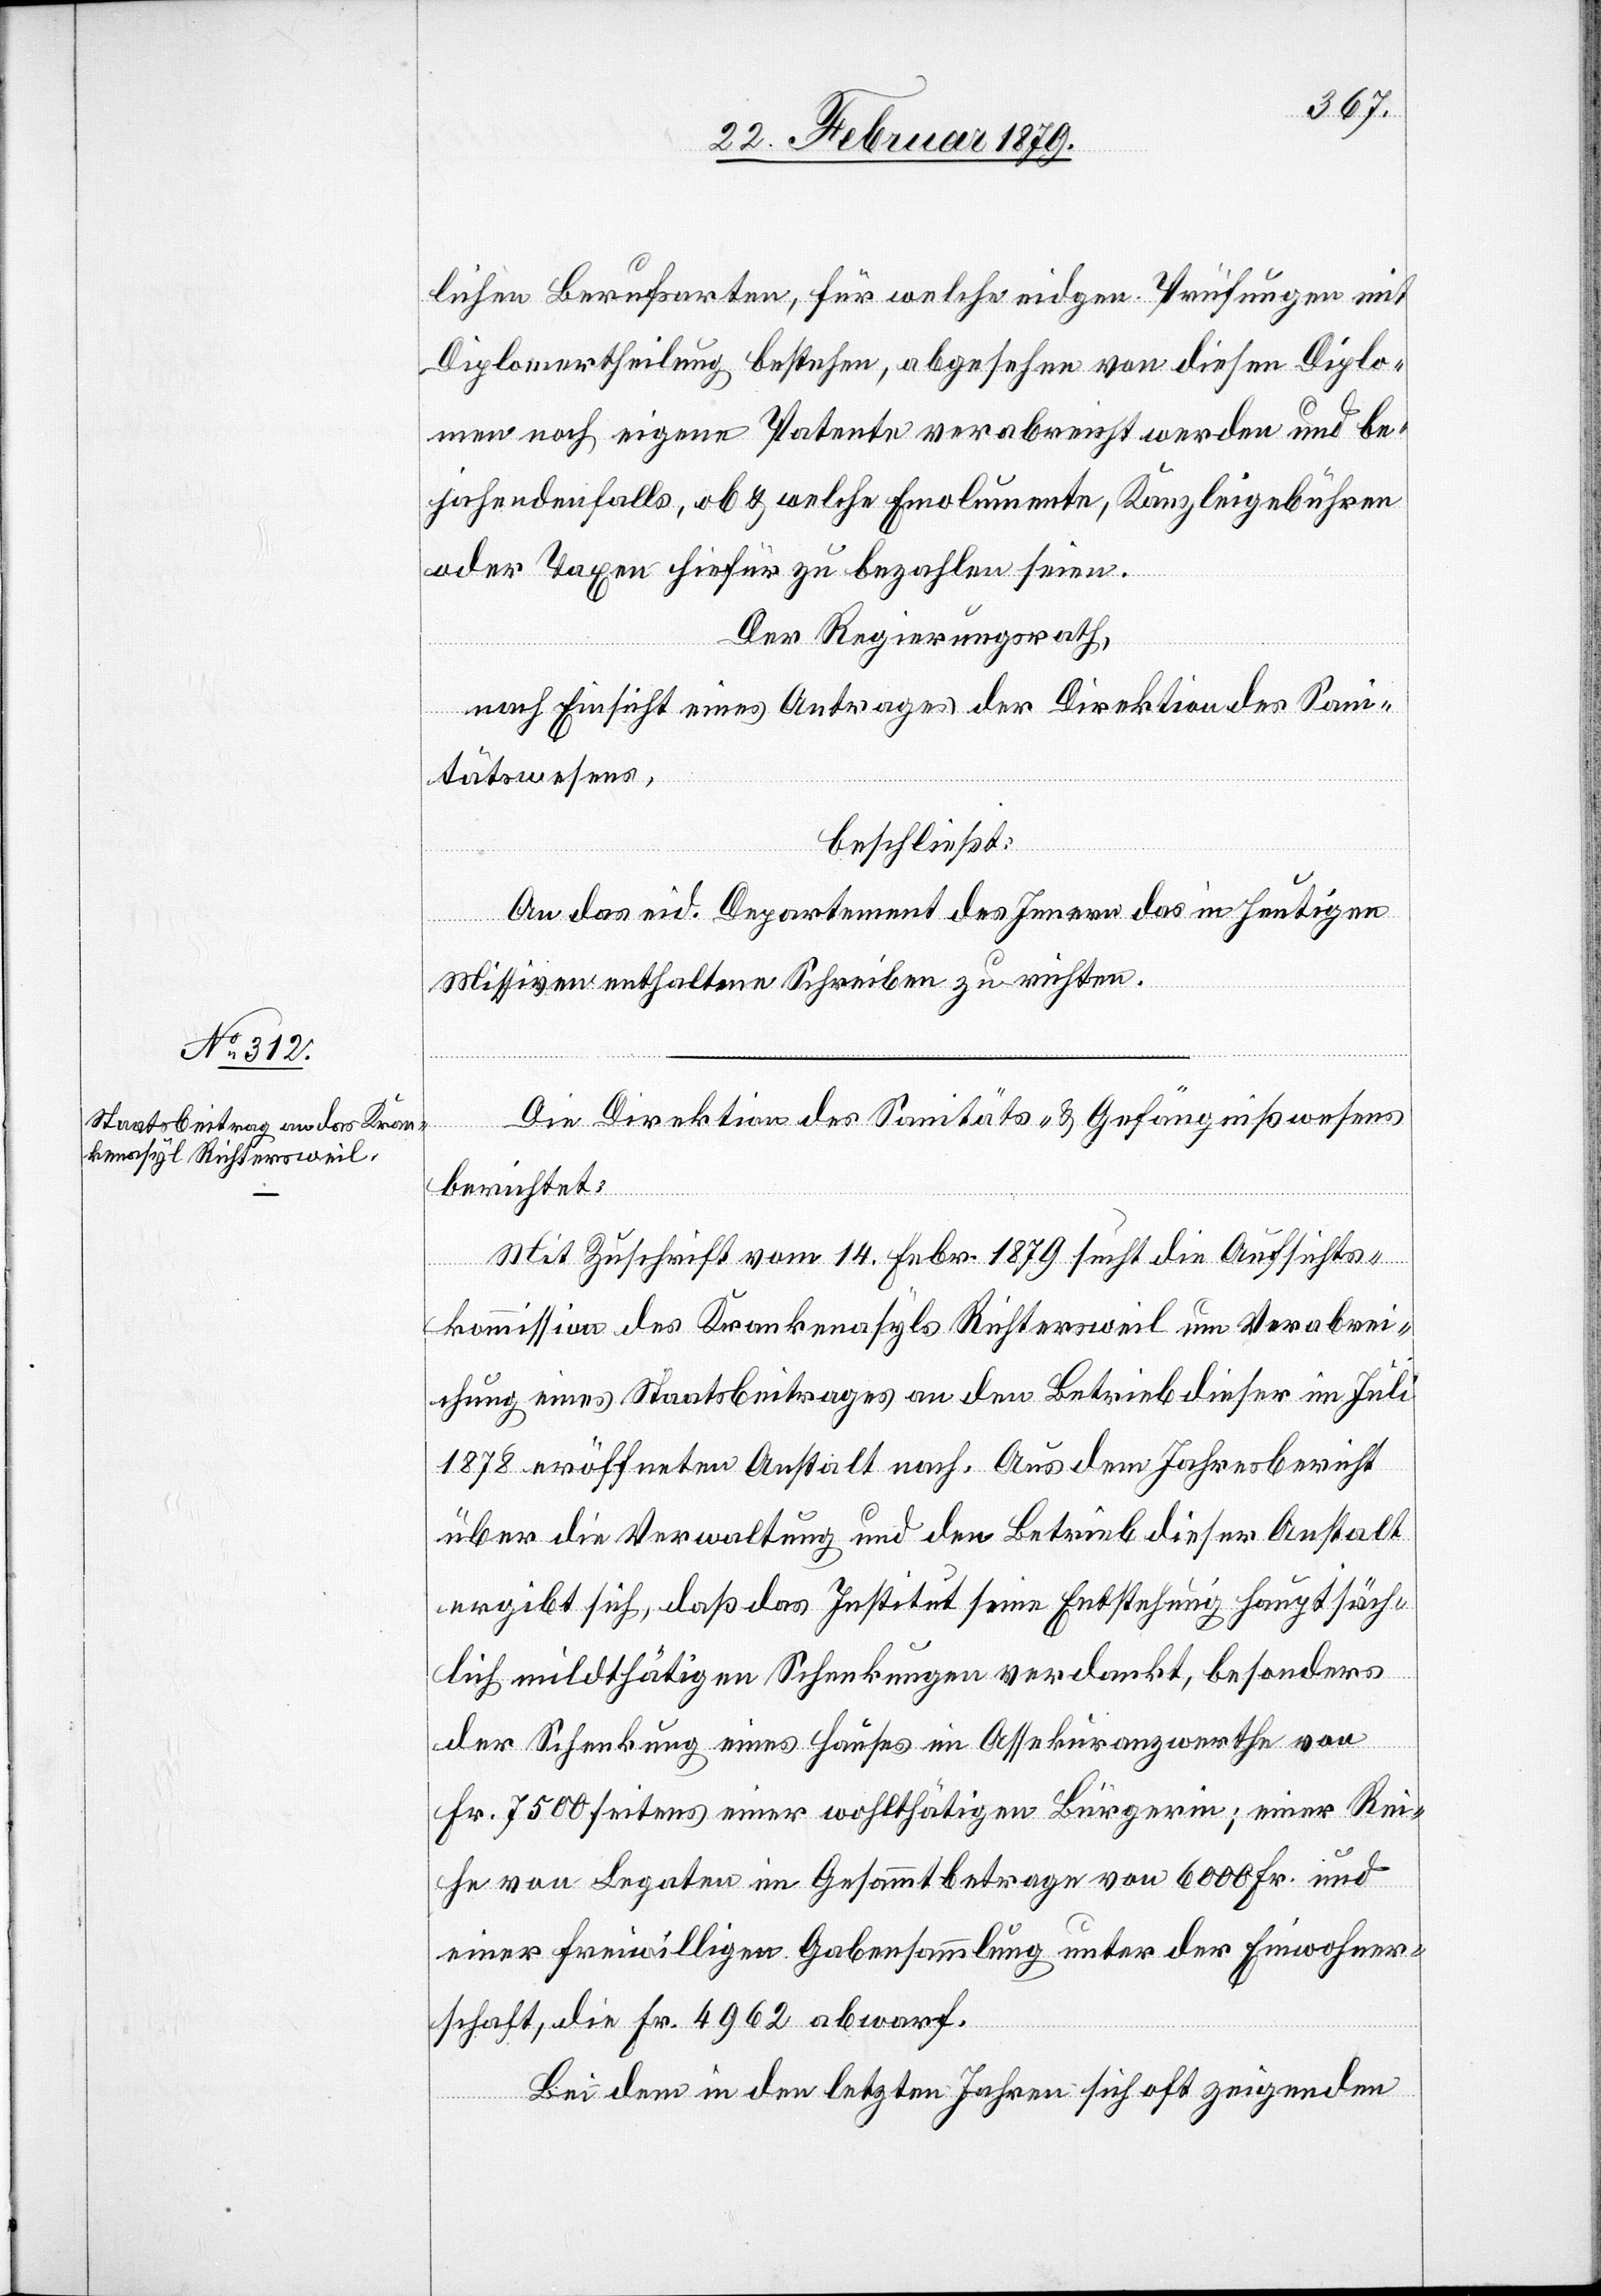
lichen Berufsarten, für welche eidgen. Prüfungen mit
Diplomertheilung bestehen, abgesehen von diesen Diplo¬
men noch eigene Patente verabreicht werden und be¬
jahendenfalls, ob & welche Emolumente, Kanzleigebühren
oder Taxen hiefür zu bezahlen seien.
Der Regierungsrath,
nach Einsicht eines Antrages der Direktion des Sani¬
tätswesens,
beschließt:
An das eid. Departement des Innern das in heutigen
Missiven enthaltene Schreiben zu richten.
Die Direktion des Sanitäts- & Gefängnißwesens
berichtet:
Mit Zuschrift vom 14. Febr. 1879 sucht die Aufsichts¬
kommission des Krankenasyls Richtersweil um Verabrei¬
chung eines Staatsbeitrages an den Betrieb dieser im Juli
1878 eröffneten Anstalt nach. Aus dem Jahresbericht
über die Verwaltung und den Betrieb dieser Anstalt
ergibt sich, daß das Institut seine Entstehung hauptsäch¬
lich mildthätigen Schenkungen verdankt, besonders
der Schenkung eines Hauses im Assekuranzwerth von
Fr. 7500 seitens einer wohlthätigen Bürgerin; einer Rei¬
he von Legaten im Gesammtbetrage von 6000 Fr. und
einer freiwilligen Gabensammlung unter der Einwohner¬
schaft, die Fr. 4962 abwarf.
Bei dem in den letzten Jahren sich oft zeigenden